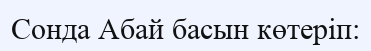
Сонда Абай басын көтеріп: